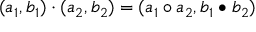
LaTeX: ( a _ { 1 } , b _ { 1 } ) \cdot ( a _ { 2 } , b _ { 2 } ) = ( a _ { 1 } \circ a _ { 2 } , b _ { 1 } \bullet b _ { 2 } )